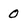
Character: 0